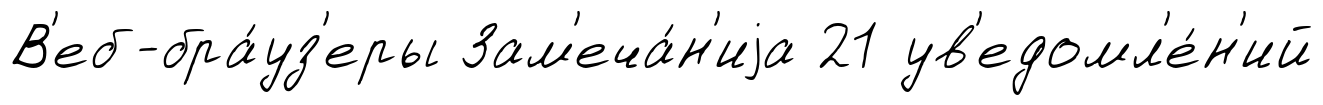
В'еб-бра́уз'еры Зам'еча́н'иjа 21 ув'едомл'е́н'ий